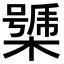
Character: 𣚧